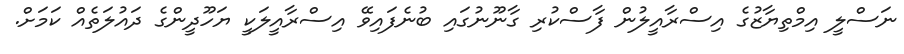
ނަސްލީ އިމްތިޔާޒުގެ އިސްރާއީލުން ފާސްކުރި ގާނޫނުގައި ބުނެފައިވޭ އިސްރާއީލަކީ ޔަހޫދީންގެ ދައުލަތެއް ކަމަށް.